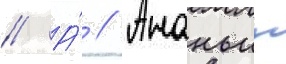
// А́ // Ананьин